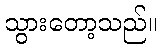
သွားတော့သည်။